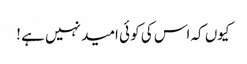
کیوں کہ اس کی کو ئی امید نہیں ہے !